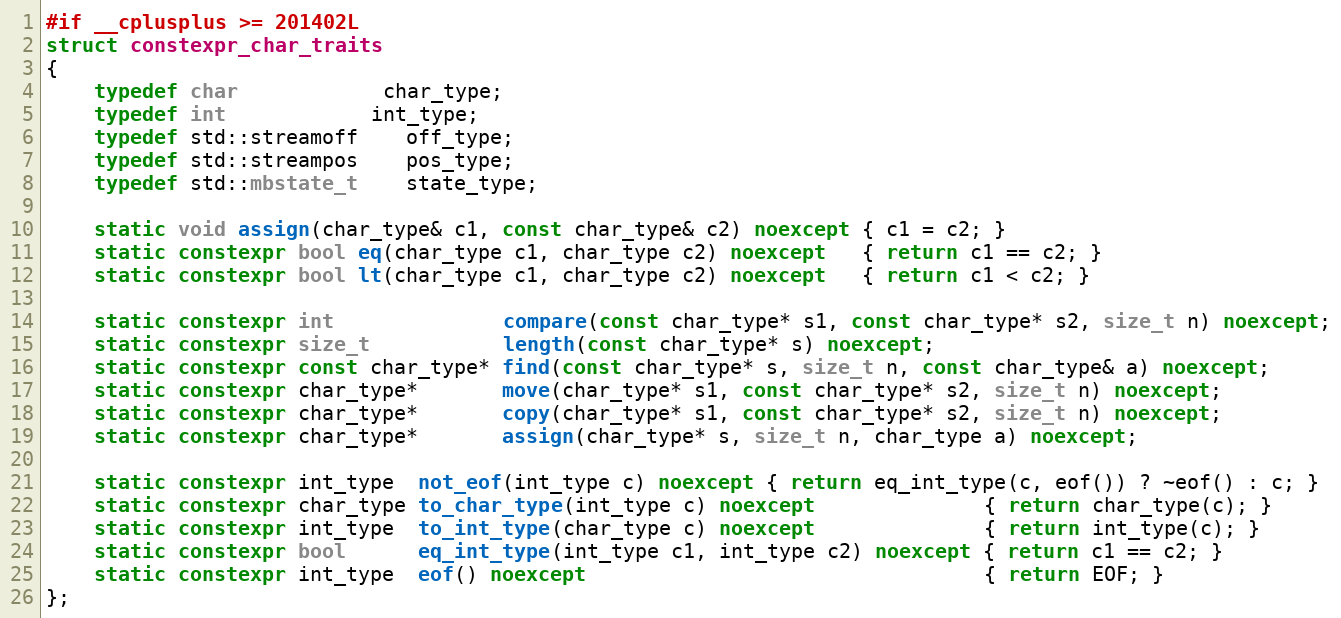
Language: C++
#if __cplusplus >= 201402L
struct constexpr_char_traits
{
    typedef char		    char_type;
    typedef int   			int_type;
    typedef std::streamoff	off_type;
    typedef std::streampos	pos_type;
    typedef std::mbstate_t	state_type;

    static void assign(char_type& c1, const char_type& c2) noexcept { c1 = c2; }
    static constexpr bool eq(char_type c1, char_type c2) noexcept   { return c1 == c2; }
    static constexpr bool lt(char_type c1, char_type c2) noexcept   { return c1 < c2; }

    static constexpr int              compare(const char_type* s1, const char_type* s2, size_t n) noexcept;
    static constexpr size_t           length(const char_type* s) noexcept;
    static constexpr const char_type* find(const char_type* s, size_t n, const char_type& a) noexcept;
    static constexpr char_type*       move(char_type* s1, const char_type* s2, size_t n) noexcept;
    static constexpr char_type*       copy(char_type* s1, const char_type* s2, size_t n) noexcept;
    static constexpr char_type*       assign(char_type* s, size_t n, char_type a) noexcept;

    static constexpr int_type  not_eof(int_type c) noexcept { return eq_int_type(c, eof()) ? ~eof() : c; }
    static constexpr char_type to_char_type(int_type c) noexcept              { return char_type(c); }
    static constexpr int_type  to_int_type(char_type c) noexcept              { return int_type(c); }
    static constexpr bool      eq_int_type(int_type c1, int_type c2) noexcept { return c1 == c2; }
    static constexpr int_type  eof() noexcept                                 { return EOF; }
};